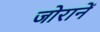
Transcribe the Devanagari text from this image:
जोरानें